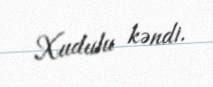
Xudulu kəndi.